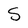
Character: S